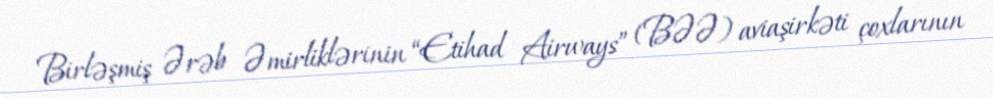
Birləşmiş Ərəb Əmirliklərinin “Etihad Airways” (BƏƏ) aviaşirkəti çoxlarının